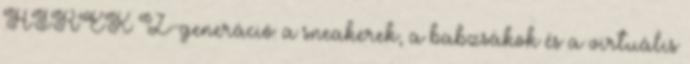
HÍREK Z-generáció: a sneakerek, a babzsákok és a virtuális